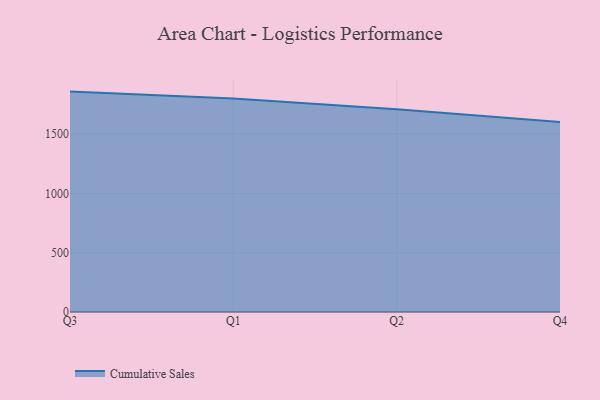
{"axis": {"x": "Quarter", "y": "Gross Profit (USD K)"}, "legend": ["Cumulative Sales"], "data": [{"x": "Q3", "y": 1858.9, "type": "Cumulative Sales"}, {"x": "Q1", "y": 1800.3, "type": "Cumulative Sales"}, {"x": "Q2", "y": 1709.0, "type": "Cumulative Sales"}, {"x": "Q4", "y": 1601.5, "type": "Cumulative Sales"}]}